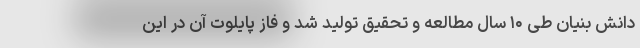
دانش بنیان طی ۱۰ سال مطالعه و تحقیق تولید شد و فاز پایلوت آن در این